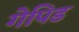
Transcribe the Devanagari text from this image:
गेपिड